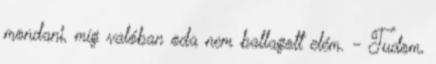
mondani, míg valóban oda nem ballagott elém. - Tudom,